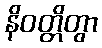
နိဝတ္တိတွာ